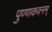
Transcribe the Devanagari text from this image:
पुण्णकवनम्